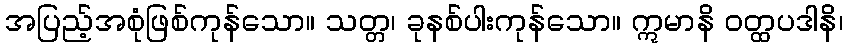
အပြည့်အစုံဖြစ်ကုန်သော။ သတ္တ၊ ခုနစ်ပါးကုန်သော။ ဣမာနိ ဝတ္ထပဒါနိ၊